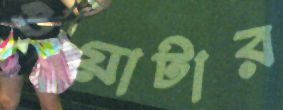
ওয়াটার